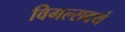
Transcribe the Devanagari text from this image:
विगल्सवर्थ